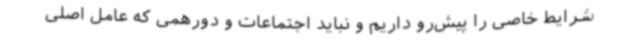
شرایط خاصی را پیش‌رو داریم و نباید اجتماعات و دورهمی که عامل اصلی